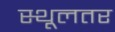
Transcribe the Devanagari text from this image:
स्थूलतर